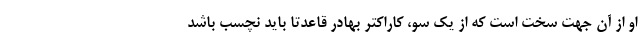
او از آن جهت سخت است که از یک سو، کاراکتر بهادر قاعدتا باید نچسب باشد